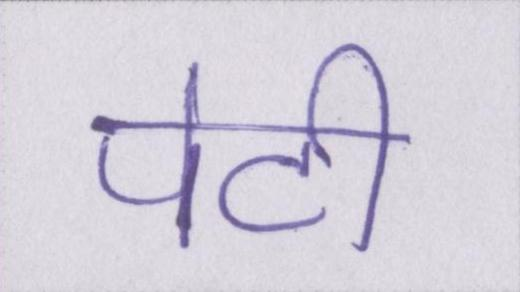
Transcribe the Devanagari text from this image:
पेटी